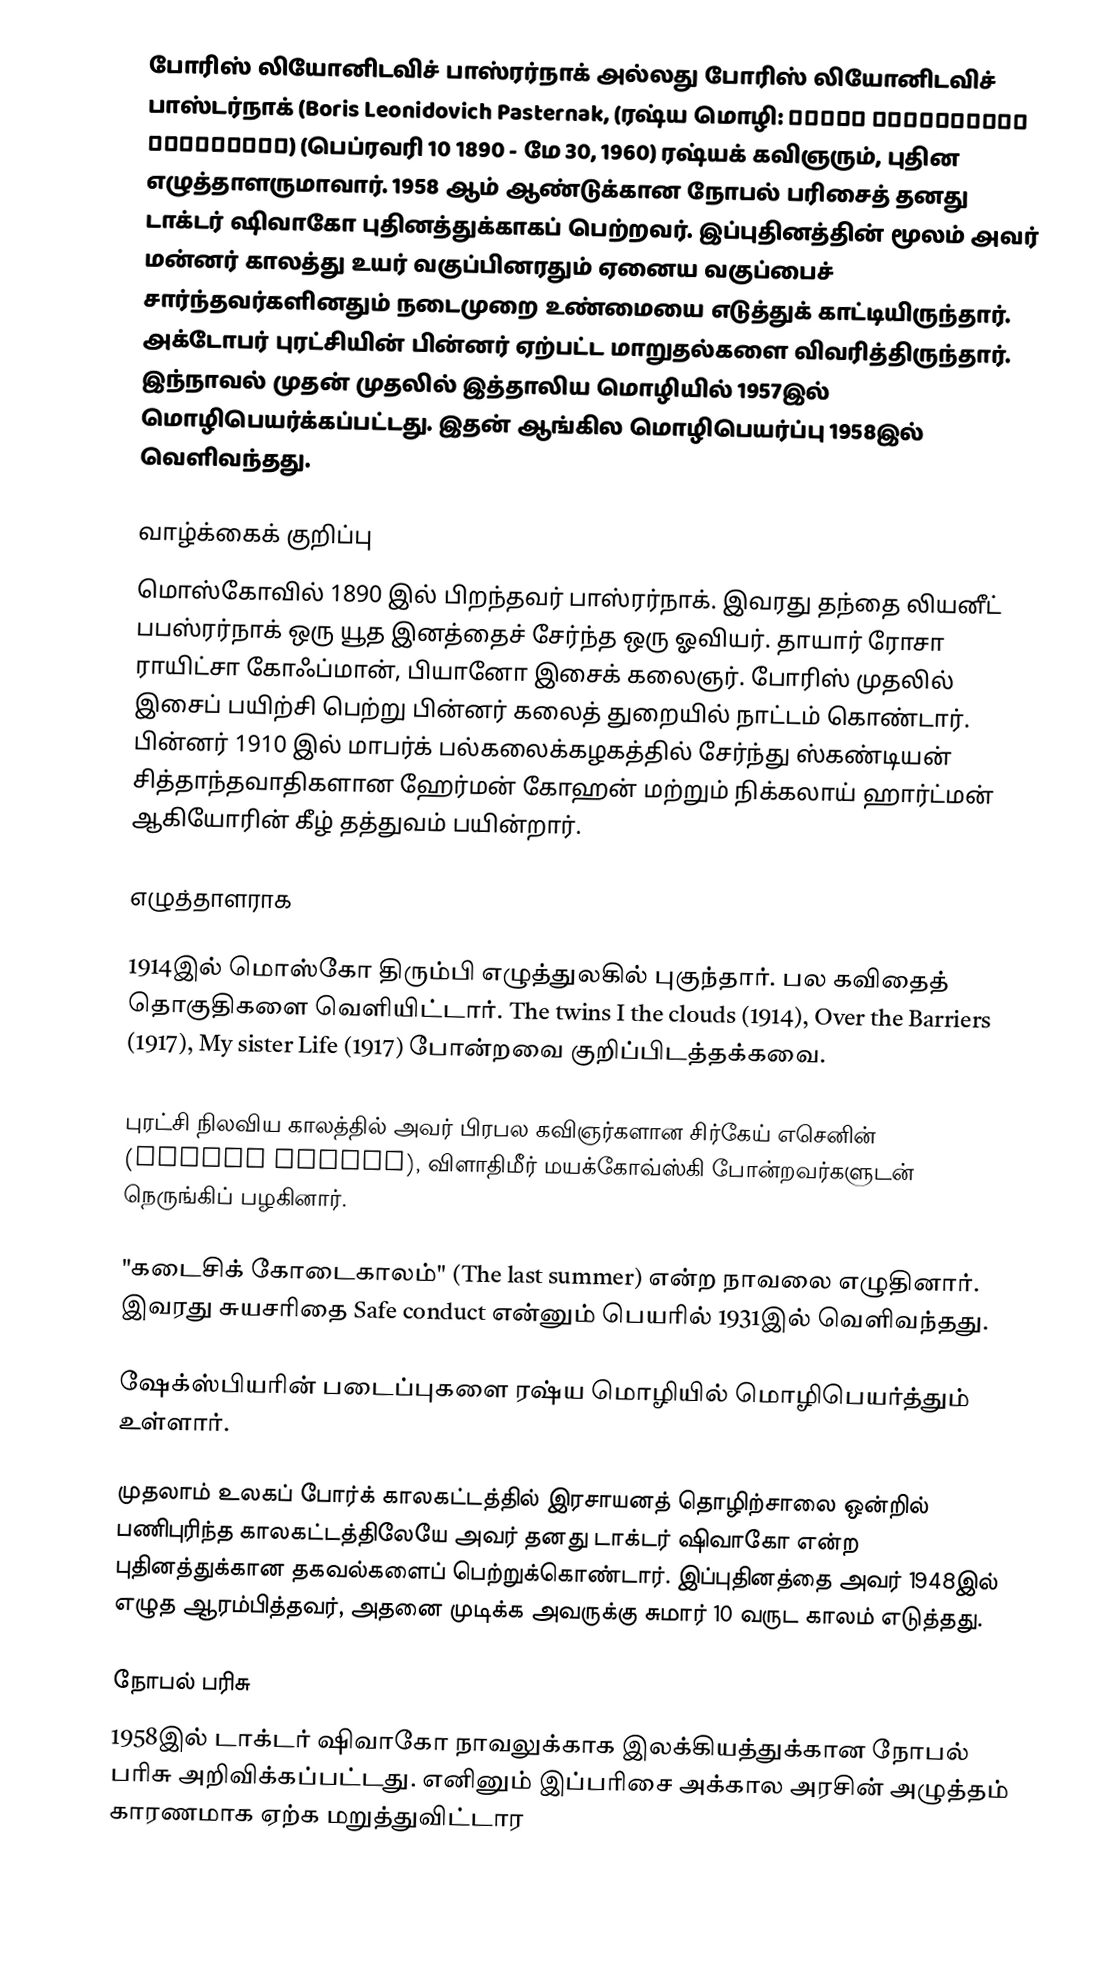
போரிஸ் லியோனிடவிச் பாஸ்ரர்நாக் அல்லது போரிஸ் லியோனிடவிச் பாஸ்டர்நாக் (Boris Leonidovich Pasternak, (ரஷ்ய மொழி: Борис Леонидович Пастернак) (பெப்ரவரி 10 1890 - மே 30, 1960) ரஷ்யக் கவிஞரும், புதின எழுத்தாளருமாவார். 1958 ஆம் ஆண்டுக்கான நோபல் பரிசைத் தனது டாக்டர் ஷிவாகோ புதினத்துக்காகப் பெற்றவர். இப்புதினத்தின் மூலம் அவர் மன்னர் காலத்து உயர் வகுப்பினரதும் ஏனைய வகுப்பைச் சார்ந்தவர்களினதும் நடைமுறை உண்மையை எடுத்துக் காட்டியிருந்தார். அக்டோபர் புரட்சியின் பின்னர் ஏற்பட்ட மாறுதல்களை விவரித்திருந்தார். இந்நாவல் முதன் முதலில் இத்தாலிய மொழியில் 1957இல் மொழிபெயர்க்கப்பட்டது. இதன் ஆங்கில மொழிபெயர்ப்பு 1958இல் வெளிவந்தது.

வாழ்க்கைக் குறிப்பு
மொஸ்கோவில் 1890 இல் பிறந்தவர் பாஸ்ரர்நாக். இவரது தந்தை லியனீட் பபஸ்ரர்நாக் ஒரு யூத இனத்தைச் சேர்ந்த ஒரு ஓவியர். தாயார் ரோசா ராயிட்சா கோஃப்மான், பியானோ இசைக் கலைஞர். போரிஸ் முதலில் இசைப் பயிற்சி பெற்று பின்னர் கலைத் துறையில் நாட்டம் கொண்டார். பின்னர் 1910 இல் மாபர்க் பல்கலைக்கழகத்தில் சேர்ந்து ஸ்கண்டியன் சித்தாந்தவாதிகளான ஹேர்மன் கோஹன் மற்றும் நிக்கலாய் ஹார்ட்மன் ஆகியோரின் கீழ் தத்துவம் பயின்றார்.

எழுத்தாளராக

1914இல் மொஸ்கோ திரும்பி எழுத்துலகில் புகுந்தார். பல கவிதைத் தொகுதிகளை வெளியிட்டார். The twins I the clouds (1914), Over the Barriers (1917), My sister Life (1917) போன்றவை குறிப்பிடத்தக்கவை.

புரட்சி நிலவிய காலத்தில் அவர் பிரபல கவிஞர்களான சிர்கேய் எசெனின் (Sergei Esenin), விளாதிமீர் மயக்கோவ்ஸ்கி போன்றவர்களுடன் நெருங்கிப் பழகினார்.

"கடைசிக் கோடைகாலம்" (The last summer) என்ற நாவலை எழுதினார். இவரது சுயசரிதை Safe conduct என்னும் பெயரில் 1931இல் வெளிவந்தது.

ஷேக்ஸ்பியரின் படைப்புகளை ரஷ்ய மொழியில் மொழிபெயர்த்தும் உள்ளார்.

முதலாம் உலகப் போர்க் காலகட்டத்தில் இரசாயனத் தொழிற்சாலை ஒன்றில் பணிபுரிந்த காலகட்டத்திலேயே அவர் தனது டாக்டர் ஷிவாகோ என்ற புதினத்துக்கான தகவல்களைப் பெற்றுக்கொண்டார். இப்புதினத்தை அவர் 1948இல் எழுத ஆரம்பித்தவர், அதனை முடிக்க அவருக்கு சுமார் 10 வருட காலம் எடுத்தது.

நோபல் பரிசு
1958இல் டாக்டர் ஷிவாகோ நாவலுக்காக இலக்கியத்துக்கான நோபல் பரிசு அறிவிக்கப்பட்டது. எனினும் இப்பரிசை அக்கால அரசின் அழுத்தம் காரணமாக ஏற்க மறுத்துவிட்டார